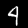
Label: 4